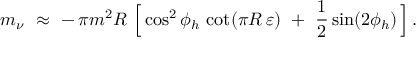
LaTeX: m _ { \nu } \ \approx \ - \, \pi m ^ { 2 } R \ \Big [ \cos ^ { 2 } \phi _ { h } \, \cot ( \pi R \, \varepsilon ) \ + \ \frac { 1 } { 2 } \sin ( 2 \phi _ { h } ) \, \Big ] \, .